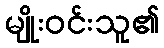
မျိုးဝင်းသူ၏